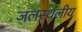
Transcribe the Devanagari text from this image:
जलस्थलीय